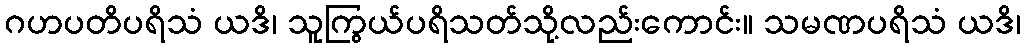
ဂဟပတိပရိသံ ယဒိ၊ သူကြွယ်ပရိသတ်သို့လည်းကောင်း။ သမဏပရိသံ ယဒိ၊